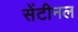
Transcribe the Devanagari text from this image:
सेंटीनल